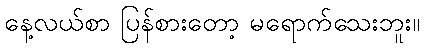
နေ့လယ်စာ ပြန်စားတော့ မရောက်သေးဘူး။